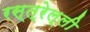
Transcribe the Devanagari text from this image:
रस्त्रेल्ली